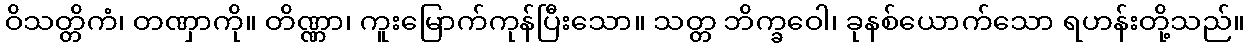
ဝိသတ္တိကံ၊ တဏှာကို။ တိဏ္ဏာ၊ ကူးမြောက်ကုန်ပြီးသော။ သတ္တ ဘိက္ခဝေါ၊ ခုနစ်ယောက်သော ရဟန်းတို့သည်။